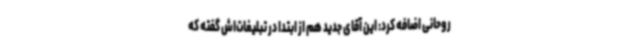
روحانی اضافه کرد: این آقای جدید هم از ابتدا در تبلیغات‌اش گفته که